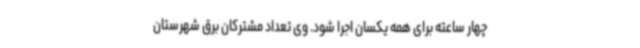
چهار ساعته برای همه یکسان اجرا شود. وی تعداد مشترکان برق شهرستان